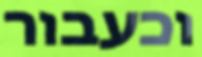
וכעבור